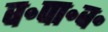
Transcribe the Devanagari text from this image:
व॰पा॰व॰